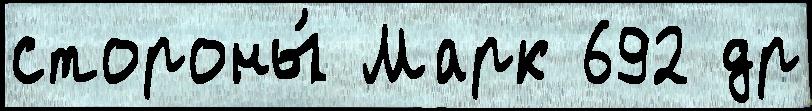
стороны́ Марк 692 др